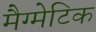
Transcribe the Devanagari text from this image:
मैग्मेटिक